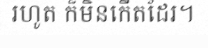
រហូត ក៏មិនកើតដែរ។